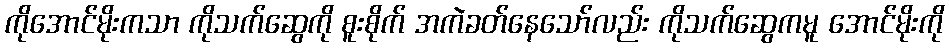
ကိုအောင်မိုးကသာ ကိုသက်ဆွေကို စူးစိုက် အကဲခတ်နေသော်လည်း ကိုသက်ဆွေကမူ အောင်မိုးကို